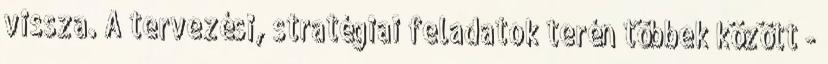
vissza. A tervezési, stratégiai feladatok terén többek között -